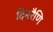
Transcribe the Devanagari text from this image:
दिनरैणि